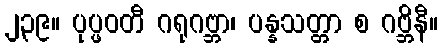
၂၃၉။ ပုပ္ဖဝတီ ဂရုဂဗ္ဘာ၊ ပန္နသတ္တာ စ ဂဗ္ဘိနီ။